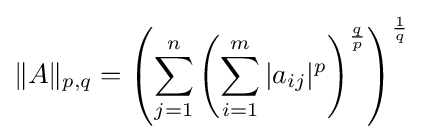
\|A\|_{p,q}=\left(\sum _{j=1}^{n}\left(\sum _{i=1}^{m}|a_{ij}|^{p}\right)^{\frac {q}{p}}\right)^{\frac {1}{q}}